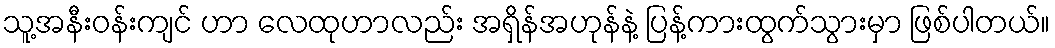
သူ့အနီးဝန်းကျင် ဟာ လေထုဟာလည်း အရှိန်အဟုန်နဲ့ ပြန့်ကားထွက်သွားမှာ ဖြစ်ပါတယ်။